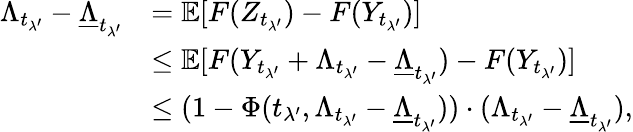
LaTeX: \begin{array}{rl}{\Lambda_{t_{\lambda^{\prime}}}-\underline{{\Lambda}}_{t_{\lambda^{\prime}}}}&{=\mathbb{E}[F(Z_{t_{\lambda^{\prime}}})-F(Y_{t_{\lambda^{\prime}}})]}\\ &{\le\mathbb{E}[F(Y_{t_{\lambda^{\prime}}}+\Lambda_{t_{\lambda^{\prime}}}-\underline{{\Lambda}}_{t_{\lambda^{\prime}}})-F(Y_{t_{\lambda^{\prime}}})]}\\ &{\le(1-\Phi(t_{\lambda^{\prime}},\Lambda_{t_{\lambda^{\prime}}}-\underline{{\Lambda}}_{t_{\lambda^{\prime}}}))\cdot(\Lambda_{t_{\lambda^{\prime}}}-\underline{{\Lambda}}_{t_{\lambda^{\prime}}}),}\end{array}